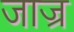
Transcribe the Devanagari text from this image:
जाज्र